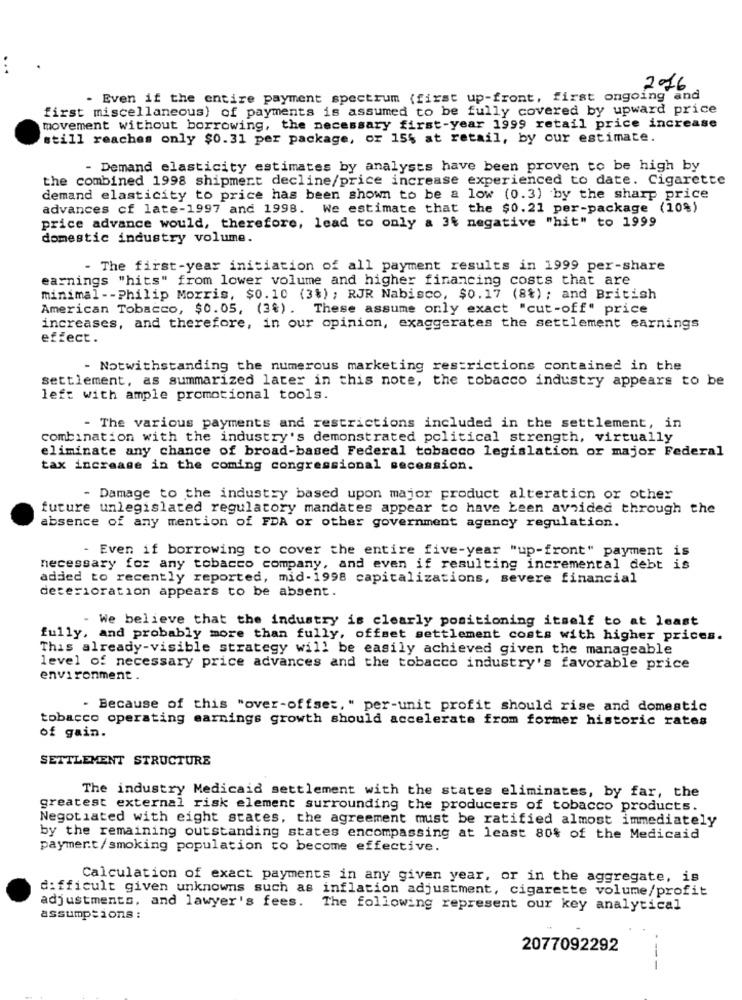
. .
2016
- Even if the entire payment spectrum (first up-front, first ongoing and
first miscellaneous) of payments is assumed to be fully covered by upward price
movement without borrowing, the necessary first-year 1999 retail price increase
still reaches only $0.31 per package, or 15% at retail, by our estimate.
- Demand elasticity estimates by analysts have been proven to be high by
the combined 1998 shipment decline/price increase experienced to date. Cigarette
demand elasticity to price has been shown to be a low (0.3) by the sharp price
advances cf late-1997 and 1998. We estimate that the $0.21 per-package (10%)
price advance would, therefore, lead to only a 3% negative "hit" to 1999
domestic industry volume.
- The first-year initiation of all payment results in 1999 per-share
earnings "hits" from lower volume and higher financing costs that are
minimal -- Philip Morris, $0.10 (3%) ; RJR Nabisco, $0.17 (8%); and British
American Tobacco, $0.05, (3%). These assume only exact "cut-off" price
increases, and therefore, in our opinion, exaggerates the settlement earnings
effect.
- Notwithstanding the numerous marketing restrictions contained in the
settlement, as summarized later in this note, the tobacco industry appears to be
left with ample promotional tools.
- The various payments and restrictions included in the settlement, in
combination with the industry's demonstrated political strength, virtually
eliminate any chance of broad-based Federal tobacco legislation or major Federal
tax increase in the coming congressional secession.
- Damage to the industry based upon major product alteration or other
future unlegislated regulatory mandates appear to have been avoided through the
absence of any mention of FDA or other government agency regulation.
- Even if borrowing to cover the entire five-year "up-front" payment is
necessary for any tobacco company, and even if resulting incremental debt is
added to recently reported, mid-1998 capitalizations, severe financial
deterioration appears to be absent.
- We believe that the industry is clearly positioning itself to at least
fully, and probably more than fully, offset settlement costs with higher prices.
This already-visible strategy will be easily achieved given the manageable
level of necessary price advances and the tobacco industry's favorable price
environment.
- Because of this "over-offset, " per-unit profit should rise and domestic
tobacco operating earnings growth should accelerate from former historic rates
of gain.
SETTLEMENT STRUCTURE
The industry Medicaid settlement with the states eliminates, by far, the
greatest external risk element surrounding the producers of tobacco products.
Negotiated with eight states, the agreement must be ratified almost immediately
by the remaining outstanding states encompassing at least 80% of the Medicaid
payment/smoking population to become effective.
Calculation of exact payments in any given year, or in the aggregate, is
difficult given unknowns such as inflation adjustment, cigarette volume/profit
adjustments, and lawyer's fees. The following represent our key analytical
assumptions :
2077092292
---